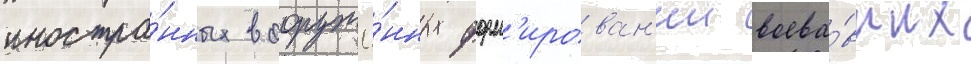
иностра́нных вооружё́нных форм'ирован'ии воева́вших